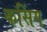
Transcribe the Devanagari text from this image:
कसिंग